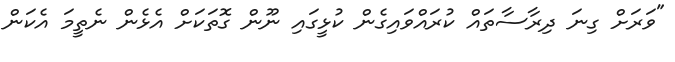
"ވަރަށް ގިނަ ދިރާސާތައް ކުރައްވައިގެން ކުޅީގައި ނޫން ގޮތަކަށް އެޅެން ނެތީމަ އެކަން